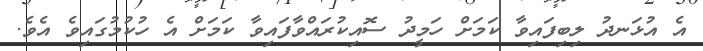
އެ އުޅަނދު ލިބިފައިވާ ކަމަށް ހަމީދު ސޮއިކުރައްވާފައިވާ ކަމަށް އެ ހުކުމުގައިވެ އެވެ.